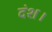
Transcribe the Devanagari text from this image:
दंश।